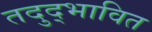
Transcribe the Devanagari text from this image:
तदुद्भावित